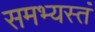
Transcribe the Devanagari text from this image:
समभ्यस्तं